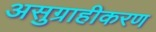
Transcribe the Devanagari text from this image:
असुग्राहीकरण